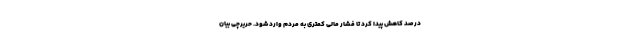
درصد کاهش پیدا کرد تا فشار مالی کمتری به مردم وارد شود. حریرچی بیان